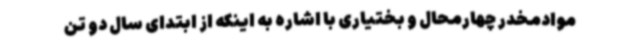
موادمخدر چهارمحال و بختیاری با اشاره به اینکه از ابتدای سال دو تن